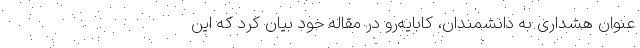
عنوان هشداری به دانشمندان، کابایه‌رو در مقاله خود بیان کرد که این